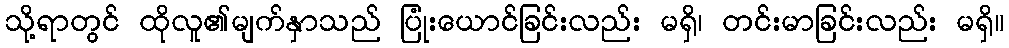
သို့ရာတွင် ထိုလူ၏မျက်နှာသည် ပြုံးယောင်ခြင်းလည်း မရှိ၊ တင်းမာခြင်းလည်း မရှိ။